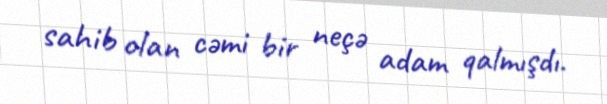
sahib olan cəmi bir neçə adam qalmışdı.